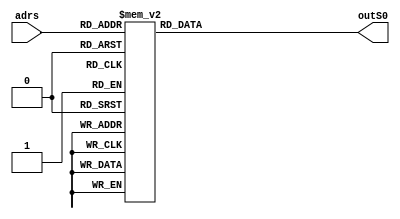
module SS0
(
  input   [7:0]  adrs,
  output  [31:0] outS0
);

//Output signal
reg [31:0] outS;

always @(*)
  case (adrs)
            8'h0 : outS = 32'h2989a1a8;
			8'h1 : outS = 32'h05858184;
			8'h2 : outS = 32'h16c6d2d4;
			8'h3 : outS = 32'h13c3d3d0;
			8'h4 : outS = 32'h14445054;
			8'h5 : outS = 32'h1d0d111c;
			8'h6 : outS = 32'h2c8ca0ac;
			8'h7 : outS = 32'h25052124;
			8'h8 : outS = 32'h1d4d515c;
			8'h9 : outS = 32'h03434340;
			8'hA : outS = 32'h18081018;
			8'hB : outS = 32'h1e0e121c;
			8'hC : outS = 32'h11415150;
			8'hD : outS = 32'h3cccf0fc;
			8'hE : outS = 32'h0acac2c8;
			8'hF : outS = 32'h23436360;
			
			8'h10 : outS = 32'h28082028;
			8'h11 : outS = 32'h04444044;
			8'h12 : outS = 32'h20002020;
			8'h13 : outS = 32'h1d8d919c;
			8'h14 : outS = 32'h20c0e0e0;
			8'h15 : outS = 32'h22c2e2e0;
			8'h16 : outS = 32'h08c8c0c8;
			8'h17 : outS = 32'h17071314;
			8'h18 : outS = 32'h2585a1a4;
			8'h19 : outS = 32'h0f8f838c;
			8'h1A : outS = 32'h03030300;
			8'h1B : outS = 32'h3b4b7378;
			8'h1C : outS = 32'h3b8bb3b8;
			8'h1D : outS = 32'h13031310;
			8'h1E : outS = 32'h12c2d2d0;
			8'h1F : outS = 32'h2ecee2ec;
			
			8'h20 : outS = 32'h30407070;
			8'h21 : outS = 32'h0c8c808c;
			8'h22 : outS = 32'h3f0f333c;
			8'h23 : outS = 32'h2888a0a8;
			8'h24 : outS = 32'h32023230;
			8'h25 : outS = 32'h1dcdd1dc;
			8'h26 : outS = 32'h36c6f2f4;
			8'h27 : outS = 32'h34447074;
			8'h28 : outS = 32'h2ccce0ec;
			8'h29 : outS = 32'h15859194;
			8'h2A : outS = 32'h0b0b0308;
			8'h2B : outS = 32'h17475354;
			8'h2C : outS = 32'h1c4c505c;
			8'h2D : outS = 32'h1b4b5358;
			8'h2E : outS = 32'h3d8db1bc;
			8'h2F : outS = 32'h01010100;
			
			8'h30 : outS = 32'h24042024;
			8'h31 : outS = 32'h1c0c101c;
			8'h32 : outS = 32'h33437370;
			8'h33 : outS = 32'h18889098;
			8'h34 : outS = 32'h10001010;
			8'h35 : outS = 32'h0cccc0cc;
			8'h36 : outS = 32'h32c2f2f0;
			8'h37 : outS = 32'h19c9d1d8;
			8'h38 : outS = 32'h2c0c202c;
			8'h39 : outS = 32'h27c7e3e4;
			8'h3A : outS = 32'h32427270;
			8'h3B : outS = 32'h03838380;
			8'h3C : outS = 32'h1b8b9398;
			8'h3D : outS = 32'h11c1d1d0;
			8'h3E : outS = 32'h06868284;
			8'h3F : outS = 32'h09c9c1c8;
			
			8'h40 : outS = 32'h20406060;
			8'h41 : outS = 32'h10405050;
			8'h42 : outS = 32'h2383a3a0;
			8'h43 : outS = 32'h2bcbe3e8;
			8'h44 : outS = 32'h0d0d010c;
			8'h45 : outS = 32'h3686b2b4;
			8'h46 : outS = 32'h1e8e929c;
			8'h47 : outS = 32'h0f4f434c;
			8'h48 : outS = 32'h3787b3b4;
			8'h49 : outS = 32'h1a4a5258;
			8'h4A : outS = 32'h06c6c2c4;
			8'h4B : outS = 32'h38487078;
			8'h4C : outS = 32'h2686a2a4;
			8'h4D : outS = 32'h12021210;
			8'h4E : outS = 32'h2f8fa3ac;
			8'h4F : outS = 32'h15c5d1d4;
			
			8'h50 : outS = 32'h21416160;
			8'h51 : outS = 32'h03c3c3c0;
			8'h52 : outS = 32'h3484b0b4;
			8'h53 : outS = 32'h01414140;
			8'h54 : outS = 32'h12425250;
			8'h55 : outS = 32'h3d4d717c;
			8'h56 : outS = 32'h0d8d818c;
			8'h57 : outS = 32'h08080008;
			8'h58 : outS = 32'h1f0f131c;
			8'h59 : outS = 32'h19899198;
			8'h5A : outS = 32'h00000000;
			8'h5B : outS = 32'h19091118;
			8'h5C : outS = 32'h04040004;
			8'h5D : outS = 32'h13435350;
			8'h5E : outS = 32'h37c7f3f4;
			8'h5F : outS = 32'h21c1e1e0;
			
			8'h60 : outS = 32'h3dcdf1fc;
			8'h61 : outS = 32'h36467274;
			8'h62 : outS = 32'h2f0f232c;
			8'h63 : outS = 32'h27072324;
			8'h64 : outS = 32'h3080b0b0;
			8'h65 : outS = 32'h0b8b8388;
			8'h66 : outS = 32'h0e0e020c;
			8'h67 : outS = 32'h2b8ba3a8;
			8'h68 : outS = 32'h2282a2a0;
			8'h69 : outS = 32'h2e4e626c;
			8'h6A : outS = 32'h13839390;
			8'h6B : outS = 32'h0d4d414c;
			8'h6C : outS = 32'h29496168;
			8'h6D : outS = 32'h3c4c707c;
			8'h6E : outS = 32'h09090108;
			8'h6F : outS = 32'h0a0a0208;
			
			8'h70 : outS = 32'h3f8fb3bc;
			8'h71 : outS = 32'h2fcfe3ec;
			8'h72 : outS = 32'h33c3f3f0;
			8'h73 : outS = 32'h05c5c1c4;
			8'h74 : outS = 32'h07878384;
			8'h75 : outS = 32'h14041014;
			8'h76 : outS = 32'h3ecef2fc;
			8'h77 : outS = 32'h24446064;
			8'h78 : outS = 32'h1eced2dc;
			8'h79 : outS = 32'h2e0e222c;
			8'h7A : outS = 32'h0b4b4348;
			8'h7B : outS = 32'h1a0a1218;
			8'h7C : outS = 32'h06060204;
			8'h7D : outS = 32'h21012120;
			8'h7E : outS = 32'h2b4b6368;
			8'h7F : outS = 32'h26466264;
			
			8'h80 : outS = 32'h02020200;
			8'h81 : outS = 32'h35c5f1f4;
			8'h82 : outS = 32'h12829290;
			8'h83 : outS = 32'h0a8a8288;
			8'h84 : outS = 32'h0c0c000c;
			8'h85 : outS = 32'h3383b3b0;
			8'h86 : outS = 32'h3e4e727c;
			8'h87 : outS = 32'h10c0d0d0;
			8'h88 : outS = 32'h3a4a7278;
			8'h89 : outS = 32'h07474344;
			8'h8A : outS = 32'h16869294;
			8'h8B : outS = 32'h25c5e1e4;
			8'h8C : outS = 32'h26062224;
			8'h8D : outS = 32'h00808080;
			8'h8E : outS = 32'h2d8da1ac;
			8'h8F : outS = 32'h1fcfd3dc;
			
			8'h90 : outS = 32'h2181a1a0;
			8'h91 : outS = 32'h30003030;
			8'h92 : outS = 32'h37073334;
			8'h93 : outS = 32'h2e8ea2ac;
			8'h94 : outS = 32'h36063234;
			8'h95 : outS = 32'h15051114;
			8'h96 : outS = 32'h22022220;
			8'h97 : outS = 32'h38083038;
			8'h98 : outS = 32'h34c4f0f4;
			8'h99 : outS = 32'h2787a3a4;
			8'h9A : outS = 32'h05454144;
			8'h9B : outS = 32'h0c4c404c;
			8'h9C : outS = 32'h01818180;
			8'h9D : outS = 32'h29c9e1e8;
			8'h9E : outS = 32'h04848084;
			8'h9F : outS = 32'h17879394;
			
			8'hA0 : outS = 32'h35053134;
			8'hA1 : outS = 32'h0bcbc3c8;
			8'hA2 : outS = 32'h0ecec2cc;
			8'hA3 : outS = 32'h3c0c303c;
			8'hA4 : outS = 32'h31417170;
			8'hA5 : outS = 32'h11011110;
			8'hA6 : outS = 32'h07c7c3c4;
			8'hA7 : outS = 32'h09898188;
			8'hA8 : outS = 32'h35457174;
			8'hA9 : outS = 32'h3bcbf3f8;
			8'hAA : outS = 32'h1acad2d8;
			8'hAB : outS = 32'h38c8f0f8;
			8'hAC : outS = 32'h14849094;
			8'hAD : outS = 32'h19495158;
			8'hAE : outS = 32'h02828280;
			8'hAF : outS = 32'h04c4c0c4;
			
			8'hB0 : outS = 32'h3fcff3fc;
			8'hB1 : outS = 32'h09494148;
			8'hB2 : outS = 32'h39093138;
			8'hB3 : outS = 32'h27476364;
			8'hB4 : outS = 32'h00c0c0c0;
			8'hB5 : outS = 32'h0fcfc3cc;
			8'hB6 : outS = 32'h17c7d3d4;
			8'hB7 : outS = 32'h3888b0b8;
			8'hB8 : outS = 32'h0f0f030c;
			8'hB9 : outS = 32'h0e8e828c;
			8'hBA : outS = 32'h02424240;
			8'hBB : outS = 32'h23032320;
			8'hBC : outS = 32'h11819190;
			8'hBD : outS = 32'h2c4c606c;
			8'hBE : outS = 32'h1bcbd3d8;
			8'hBF : outS = 32'h2484a0a4;
			
			8'hC0 : outS = 32'h34043034;
			8'hC1 : outS = 32'h31c1f1f0;
			8'hC2 : outS = 32'h08484048;
			8'hC3 : outS = 32'h02c2c2c0;
			8'hC4 : outS = 32'h2f4f636c;
			8'hC5 : outS = 32'h3d0d313c;
			8'hC6 : outS = 32'h2d0d212c;
			8'hC7 : outS = 32'h00404040;
			8'hC8 : outS = 32'h3e8eb2bc;
			8'hC9 : outS = 32'h3e0e323c;
			8'hCA : outS = 32'h3c8cb0bc;
			8'hCB : outS = 32'h01c1c1c0;
			8'hCC : outS = 32'h2a8aa2a8;
			8'hCD : outS = 32'h3a8ab2b8;
			8'hCE : outS = 32'h0e4e424c;
			8'hCF : outS = 32'h15455154;
			
			8'hD0 : outS = 32'h3b0b3338;
			8'hD1 : outS = 32'h1cccd0dc;
			8'hD2 : outS = 32'h28486068;
			8'hD3 : outS = 32'h3f4f737c;
			8'hD4 : outS = 32'h1c8c909c;
			8'hD5 : outS = 32'h18c8d0d8;
			8'hD6 : outS = 32'h0a4a4248;
			8'hD7 : outS = 32'h16465254;
			8'hD8 : outS = 32'h37477374;
			8'hD9 : outS = 32'h2080a0a0;
			8'hDA : outS = 32'h2dcde1ec;
			8'hDB : outS = 32'h06464244;
			8'hDC : outS = 32'h3585b1b4;
			8'hDD : outS = 32'h2b0b2328;
			8'hDE : outS = 32'h25456164;
			8'hDF : outS = 32'h3acaf2f8;
			
			8'hE0 : outS = 32'h23c3e3e0;
			8'hE1 : outS = 32'h3989b1b8;
			8'hE2 : outS = 32'h3181b1b0;
			8'hE3 : outS = 32'h1f8f939c;
			8'hE4 : outS = 32'h1e4e525c;
			8'hE5 : outS = 32'h39c9f1f8;
			8'hE6 : outS = 32'h26c6e2e4;
			8'hE7 : outS = 32'h3282b2b0;
			8'hE8 : outS = 32'h31013130;
			8'hE9 : outS = 32'h2acae2e8;
			8'hEA : outS = 32'h2d4d616c;
			8'hEB : outS = 32'h1f4f535c;
			8'hEC : outS = 32'h24c4e0e4;
			8'hED : outS = 32'h30c0f0f0;
			8'hEE : outS = 32'h0dcdc1cc;
			8'hEF : outS = 32'h08888088;
			
			8'hF0 : outS = 32'h16061214;
			8'hF1 : outS = 32'h3a0a3238;
			8'hF2 : outS = 32'h18485058;
			8'hF3 : outS = 32'h14c4d0d4;
			8'hF4 : outS = 32'h22426260;
			8'hF5 : outS = 32'h29092128;
			8'hF6 : outS = 32'h07070304;
			8'hF7 : outS = 32'h33033330;
			8'hF8 : outS = 32'h28c8e0e8;
			8'hF9 : outS = 32'h1b0b1318;
			8'hFA : outS = 32'h05050104;
			8'hFB : outS = 32'h39497178;
			8'hFC : outS = 32'h10809090;
			8'hFD : outS = 32'h2a4a6268;
			8'hFE : outS = 32'h2a0a2228;
			8'hFF : outS = 32'h1a8a9298;
			
			default : outS = 32'h00000000;
	 
  endcase

assign outS0 = outS;
  

endmodule